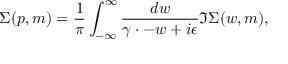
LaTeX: \Sigma ( p , m ) = \frac { 1 } { \pi } \int _ { - \infty } ^ { \infty } \frac { d w } { \gamma \cdotp - w + i \epsilon } \Im \Sigma ( w , m ) ,